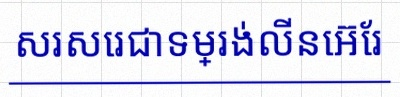
សរសេរជាទម្រង់លីនេអ៊ែរ